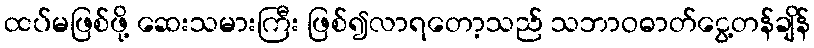
ထပ်မဖြစ်ဖို့ ဆေးသမားကြီး ဖြစ်၍လာရတော့သည် သဘာဝဓာတ်ငွေ့တန်ချိန်